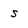
Character: s